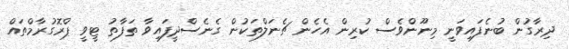
ދިރާގުން ބުނެފައިވަނީ މިނޫންވެސް ކުރިން އެހެން ޗެނަލްތަކުން ގެނެސްދީފައިވާ ތަފާތު ޓީވީ ޕްރޮގުރާމްތައް